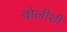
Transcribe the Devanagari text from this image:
बोलीशी